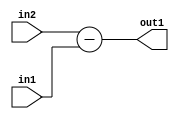
`timescale 1ps / 1ps
/*****************************************************************************
    Verilog RTL Description
    
    
    Created by: Stratus DpOpt 21.05.01 
*******************************************************************************/

module SobelFilter_Sub_5Ux1U_5S_1 (
	in2,
	in1,
	out1
	); /* architecture "behavioural" */ 
input [4:0] in2;
input  in1;
output [4:0] out1;
wire [4:0] asc001;

assign asc001 = 
	+(in2)
	-(in1);

assign out1 = asc001;
endmodule

/* CADENCE  urj5Qwg= : u9/ySxbfrwZIxEzHVQQV8Q== ** DO NOT EDIT THIS LINE ******/